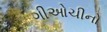
ગીઓચીનો